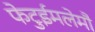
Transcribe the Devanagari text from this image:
फेटुईमलेमौ